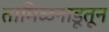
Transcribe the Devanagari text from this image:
तामिळनाडूतून